system: You are a helpful assistant.
user:
Analyze the provided spectrum to determine if it is a **Carbon Star (C-type)**.

- **Key Visual Indicators of Carbon Star:**
    - **(Primary):** Strong molecular absorption from **C₂ (diatomic carbon) "Swan Bands."** This is the **defining feature** of a carbon star.
        - **(Key Bandheads):** Sharp absorption edges are visible at approximately $5635$ Å, $5165$ Å (the strongest band), and $4737$ Å.
        - **(Line Profile):** Creates a distinct **"saw-tooth"** pattern. The key morphology is a sharp, steep bandhead on the **red (long-wavelength) side**, which then gradually tapers off (i.e., flux recovers) towards the **blue (short-wavelength) side**. *(This is the direct opposite of the TiO bands seen in M-type stars)*.

    - **(Secondary):** Intense **CN (cyanogen)** molecular absorption bands.
        - **(Key Bandheads):** Located in the blue and violet regions of the spectrum (e.g., near $4215$ Å and $3883$ Å).
        - **(Morphology):** These bands are extremely broad and act as a "blanket," absorbing the vast majority of blue and violet light. This creates a characteristic **"cliff"** or **"steep drop-off"** in the spectrum's flux at short wavelengths.

    - **(Key Confirmation):** Strong **CH absorption band (G-band)**.
        - **(Key Bandhead):** Located around $4300$ Å. The contribution from CH molecules to this band is exceptionally strong.

    - **(Overall Spectrum):**
        - The continuum is severely "chopped up" by these deep molecular bands, especially C₂, rather than appearing as a smooth curve.
        - Due to the heavy CN and C₂ absorption in the blue-green, the vast majority of the star's flux is concentrated in the red part of the spectrum, giving the star its characteristic deep red color.

Think first, call **spectral_visualization_tool** if needed to examine features in detail, then provide your final answer. Your response must adhere to the following strict rules:
1.  **Overall Structure:** Your response must follow the format `<think>...</think> <tool_call>...</tool_call> (if a tool is used) <answer>...</answer>`.
2.  **Tool Usage Constraint:** You may only make **one** tool call per turn.
3.  **Final Answer Format:** In the `<answer>` tag, your conclusion must be inside a `\boxed{}` command (e.g., `\boxed{YES}`), followed by your justification.

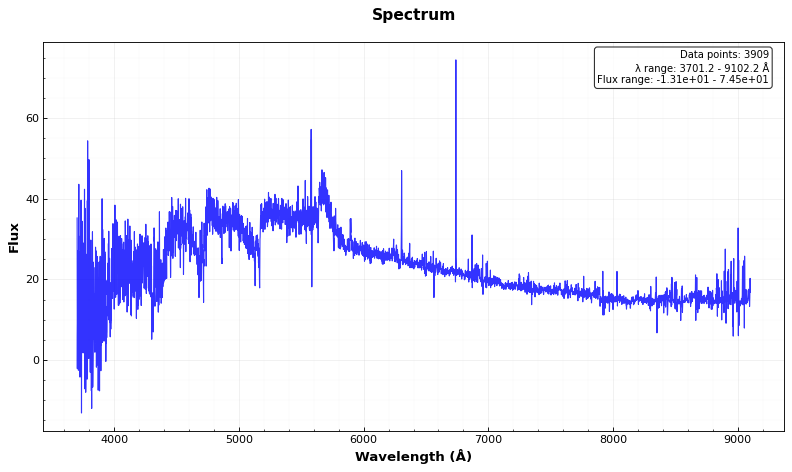
Answer: YES